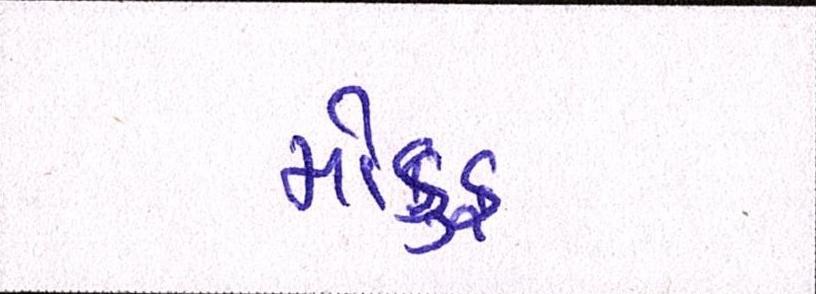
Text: મોકુફ